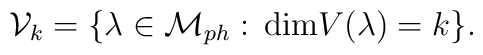
{\cal V}_k=\{\lambda\in {\cal M}_{ph}: \,{\rm dim}V(\lambda)=k\}.